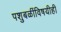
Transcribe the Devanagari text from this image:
पशुबळींविषयीही